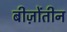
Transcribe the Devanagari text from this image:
बीज़ोंतीन